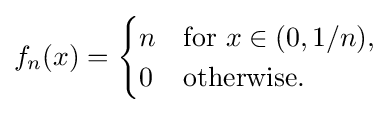
f_{n}(x)={\begin{cases}n&{\text{for }}x\in (0,1/n),\\0&{\text{otherwise.}}\end{cases}}